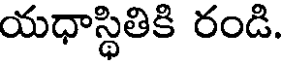
యధాస్థితికి రండి.